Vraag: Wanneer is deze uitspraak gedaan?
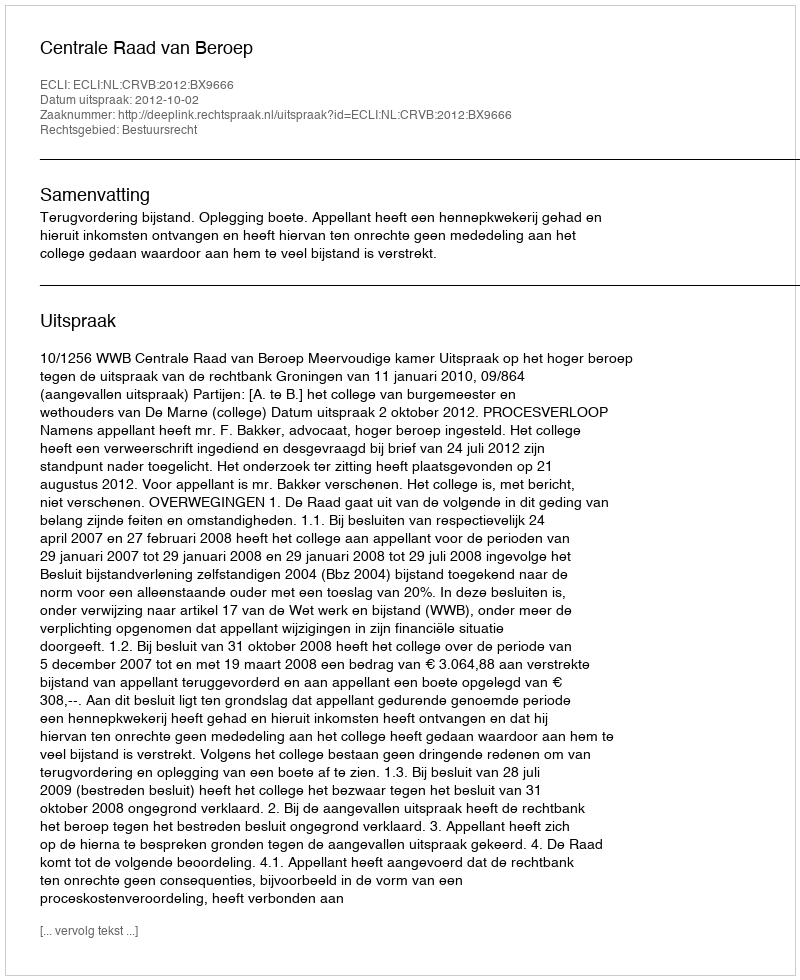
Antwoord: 2012-10-02